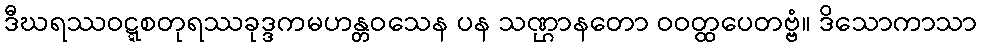
ဒီဃရဿဝဋ္ဋစတုရဿခုဒ္ဒကမဟန္တဝသေန ပန သဏ္ဌာနတော ဝဝတ္ထပေတဗ္ဗံ။ ဒိသောကာသာ